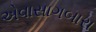
એવાસાગબારા